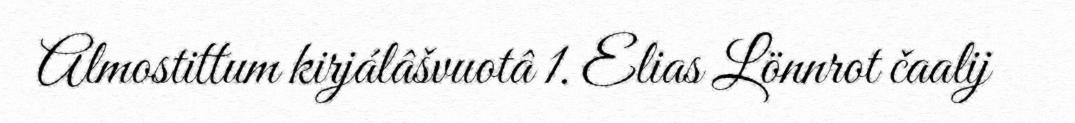
Almostittum kirjálâšvuotâ 1. Elias Lönnrot čaalij